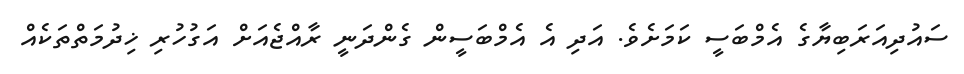
ސައުދިއަރަބިޔާގެ އެމްބަސީ ކަމަށެވެ. އަދި އެ އެމްބަސީން ގެންދަނީ ރާއްޖެއަށް އަގުހުރި ޚިދުމަތްތަކެއް